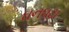
ઘનઘટા